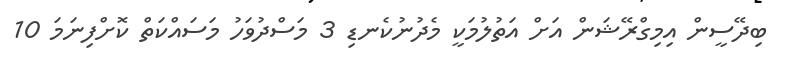
ބިދޭސީން އިމިގްރޭޝަން އަށް އަތުލުމަކީ މެދުުނުކެނޑި 3 މަސްދުވަހު މަސައްކަތް ކޮށްފިނަމަ 10